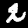
Digit: 2